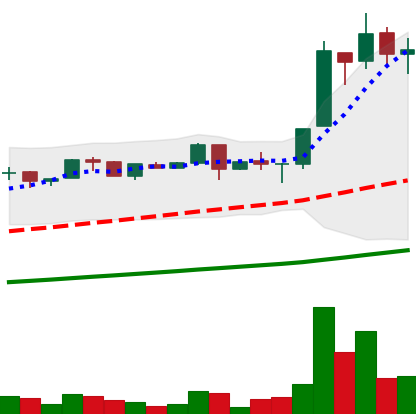
Ticker: LTC-USD
Chart end date: 2017-06-21
Forward return: -13.928%
Label: down_7plus